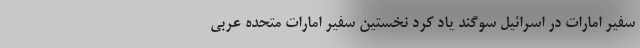
سفیر امارات در اسرائیل سوگند یاد کرد نخستین سفیر امارات متحده عربی